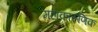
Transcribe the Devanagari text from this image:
महाकारुणिक